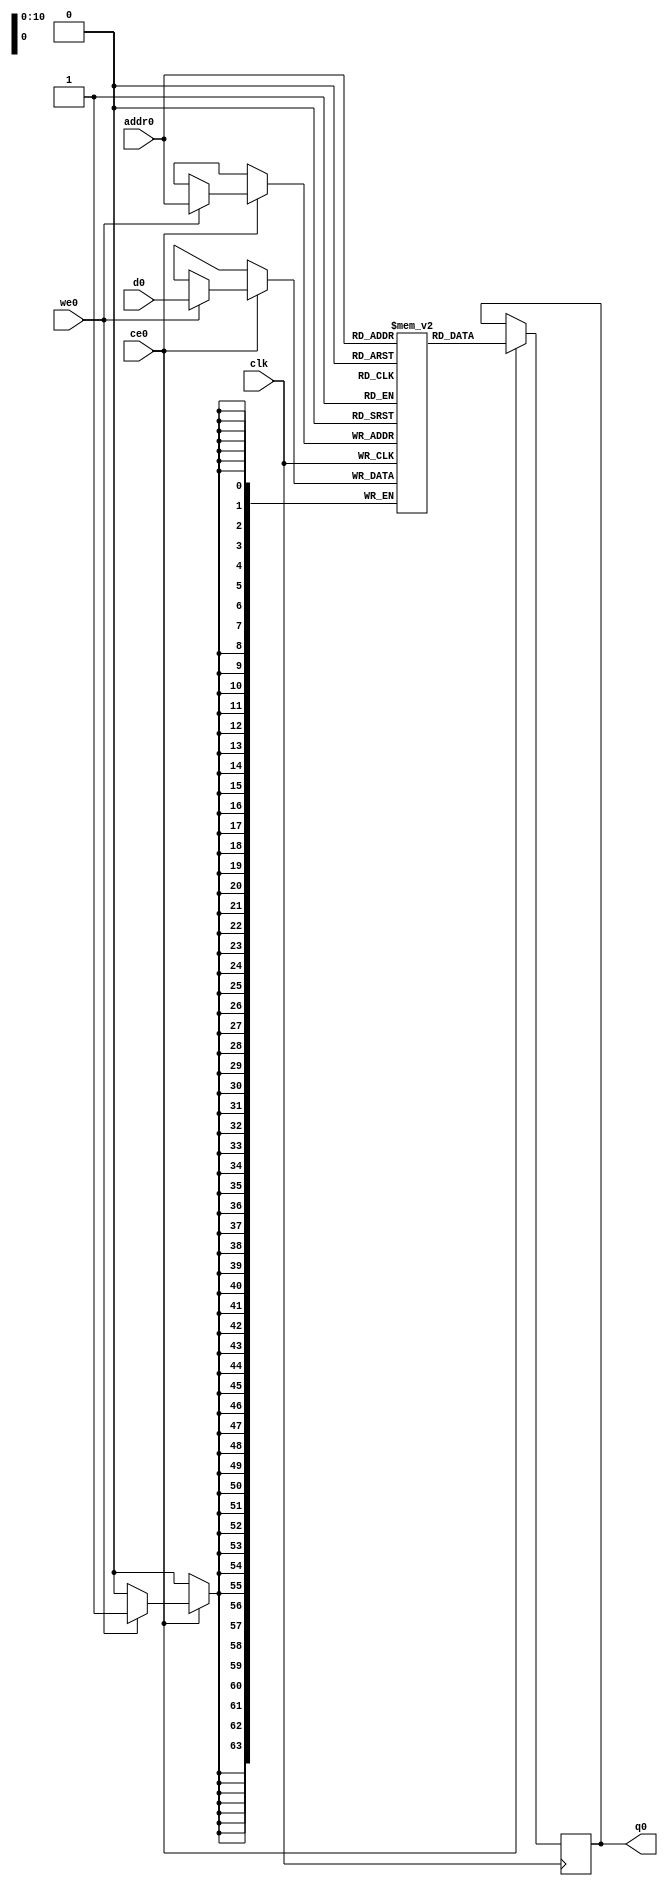
// ==============================================================
// Vivado(TM) HLS - High-Level Synthesis from C, C++ and SystemC v2019.2 (64-bit)
// Copyright 1986-2019 Xilinx, Inc. All Rights Reserved.
// ==============================================================
`timescale 1 ns / 1 ps
module FracNet_T_msb_fmadfE_ram (addr0, ce0, d0, we0, q0,  clk);

parameter DWIDTH = 64;
parameter AWIDTH = 11;
parameter MEM_SIZE = 1089;

input[AWIDTH-1:0] addr0;
input ce0;
input[DWIDTH-1:0] d0;
input we0;
output reg[DWIDTH-1:0] q0;
input clk;

(* ram_style = "block" *)reg [DWIDTH-1:0] ram[0:MEM_SIZE-1];




always @(posedge clk)  
begin 
    if (ce0) begin
        if (we0) 
            ram[addr0] <= d0; 
        q0 <= ram[addr0];
    end
end


endmodule

`timescale 1 ns / 1 ps
module FracNet_T_msb_fmadfE(
    reset,
    clk,
    address0,
    ce0,
    we0,
    d0,
    q0);

parameter DataWidth = 32'd64;
parameter AddressRange = 32'd1089;
parameter AddressWidth = 32'd11;
input reset;
input clk;
input[AddressWidth - 1:0] address0;
input ce0;
input we0;
input[DataWidth - 1:0] d0;
output[DataWidth - 1:0] q0;



FracNet_T_msb_fmadfE_ram FracNet_T_msb_fmadfE_ram_U(
    .clk( clk ),
    .addr0( address0 ),
    .ce0( ce0 ),
    .we0( we0 ),
    .d0( d0 ),
    .q0( q0 ));

endmodule